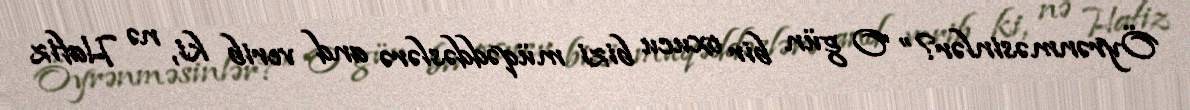
Öyrənməsinlər?” O gün bir oxucu bizi müqəddəslərə and verib ki, nə Hafiz